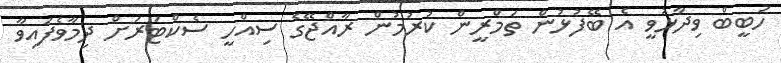
ހަބީބް ވިދާޅުވީ އެ ބޭފުޅުން ތަމްރީން ކުރުމުން ރާއްޖޭގެ ސިއްހީ ސެކްޓަރަށް ދިމާވެފައިވާ